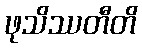
ဖုသိဿတီတိ